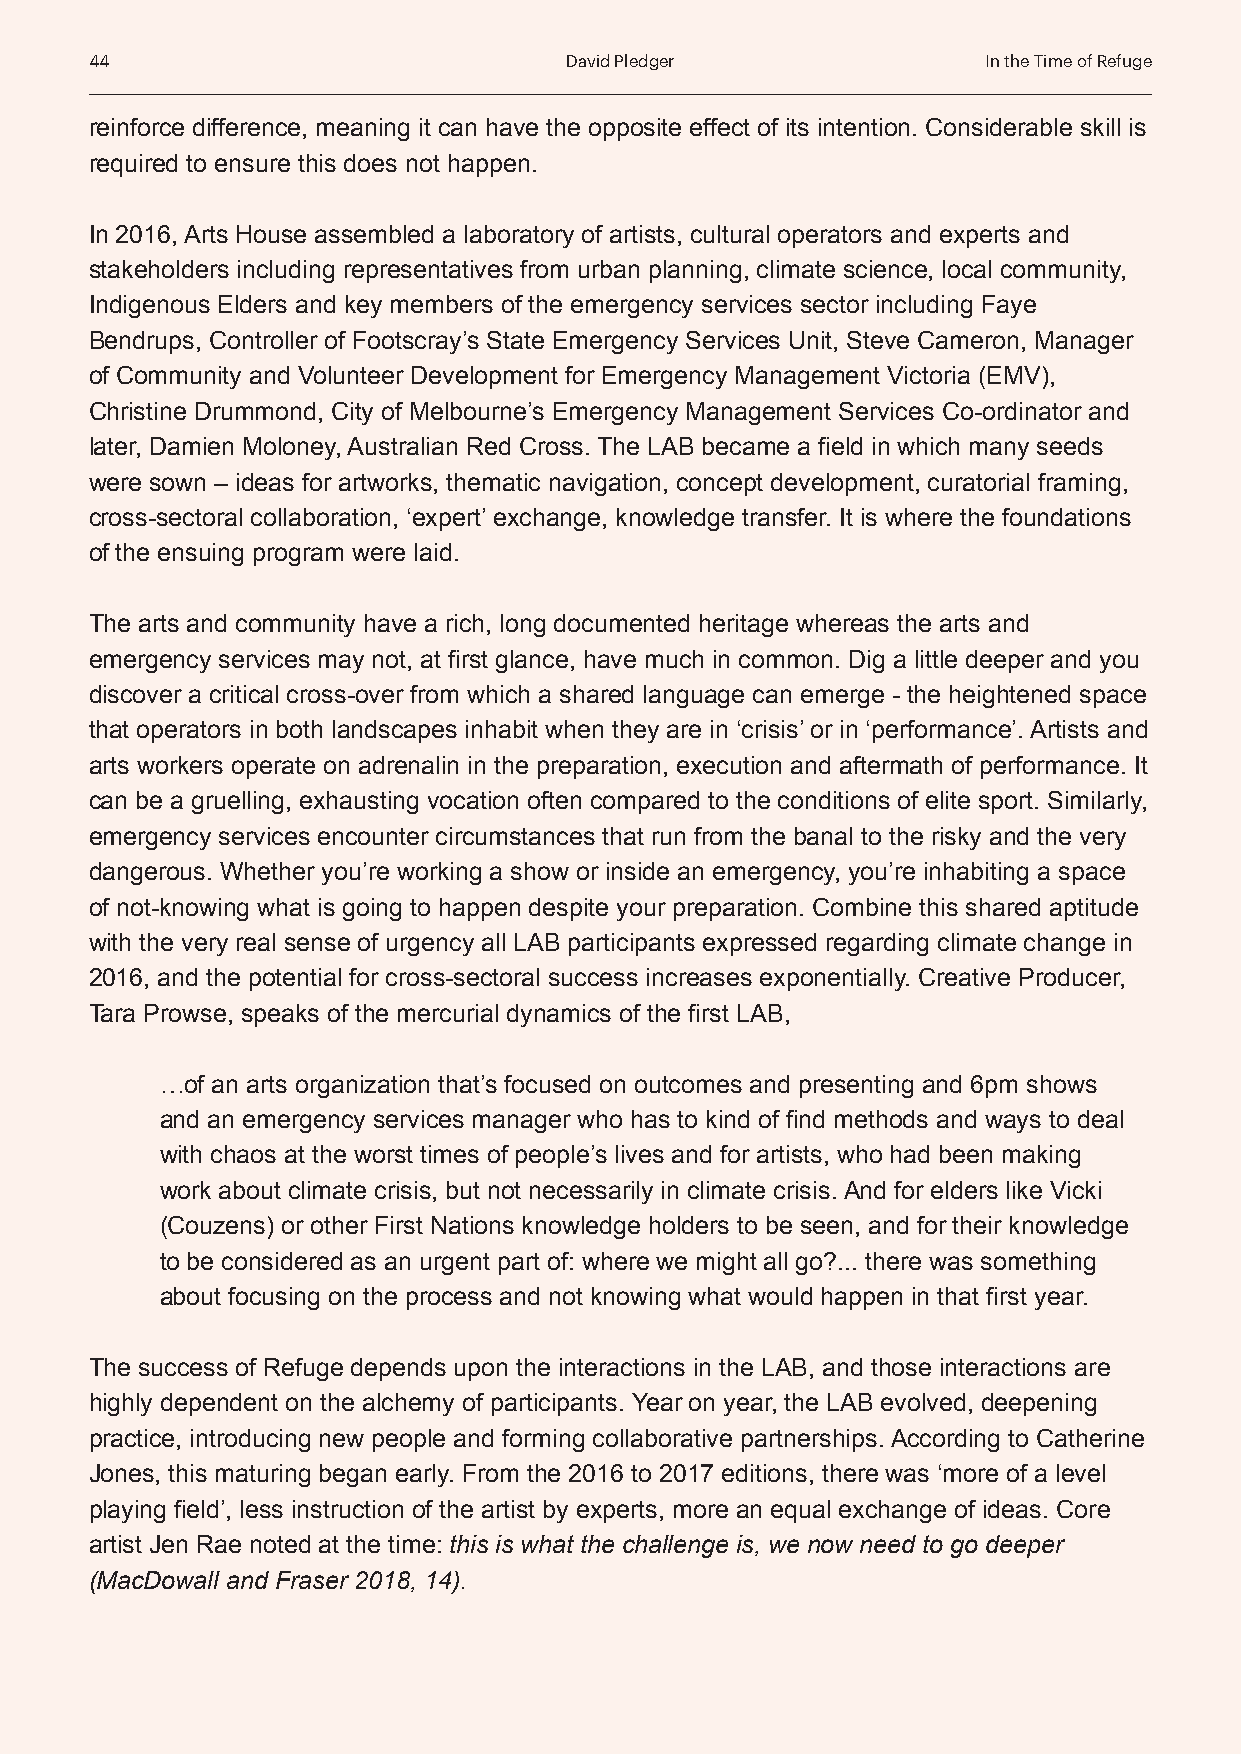
44                             David Pledger               In the Time of Refuge
 reinforce difference, meaning it can have the opposite effect of its intention. Considerable skill is
 required to ensure this does not happen.
 In 2016, Arts House assembled a laboratory of artists, cultural operators and experts and
 stakeholders including representatives from urban planning, climate science, local community,
 Indigenous Elders and key members of the emergency services sector including Faye
 Bendrups, Controller of Footscray’s State Emergency Services Unit, Steve Cameron, Manager
 of Community and Volunteer Development for Emergency Management Victoria (EMV),
 Christine Drummond, City of Melbourne’s Emergency Management Services Co-ordinator and
 later, Damien Moloney, Australian Red Cross. The LAB became a field in which many seeds
 were sown – ideas for artworks, thematic navigation, concept development, curatorial framing,
 cross-sectoral collaboration, ‘expert’ exchange, knowledge transfer. It is where the foundations
 of the ensuing program were laid.
 The arts and community have a rich, long documented heritage whereas the arts and
 emergency services may not, at first glance, have much in common. Dig a little deeper and you
 discover a critical cross-over from which a shared language can emerge - the heightened space
 that operators in both landscapes inhabit when they are in ‘crisis’ or in ‘performance’. Artists and
 arts workers operate on adrenalin in the preparation, execution and aftermath of performance. It
 can be a gruelling, exhausting vocation often compared to the conditions of elite sport. Similarly,
 emergency services encounter circumstances that run from the banal to the risky and the very
 dangerous. Whether you’re working a show or inside an emergency, you’re inhabiting a space
 of not-knowing what is going to happen despite your preparation. Combine this shared aptitude
 with the very real sense of urgency all LAB participants expressed regarding climate change in
 2016, and the potential for cross-sectoral success increases exponentially. Creative Producer,
 Tara Prowse, speaks of the mercurial dynamics of the first LAB,
 …of an arts organization that’s focused on outcomes and presenting and 6pm shows
 and an emergency services manager who has to kind of find methods and ways to deal
 with chaos at the worst times of people’s lives and for artists, who had been making
 work about climate crisis, but not necessarily in climate crisis. And for elders like Vicki
 (Couzens) or other First Nations knowledge holders to be seen, and for their knowledge
 to be considered as an urgent part of: where we might all go?... there was something
 about focusing on the process and not knowing what would happen in that first year.
 The success of Refuge depends upon the interactions in the LAB, and those interactions are
 highly dependent on the alchemy of participants. Year on year, the LAB evolved, deepening
 practice, introducing new people and forming collaborative partnerships. According to Catherine
 Jones, this maturing began early. From the 2016 to 2017 editions, there was ‘more of a level
 playing field’, less instruction of the artist by experts, more an equal exchange of ideas. Core
 artist Jen Rae noted at the time: this is what the challenge is, we now need to go deeper
 (MacDowall and Fraser 2018, 14).